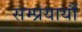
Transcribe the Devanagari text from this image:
सम्प्रयायौं